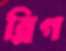
ব্লিগ